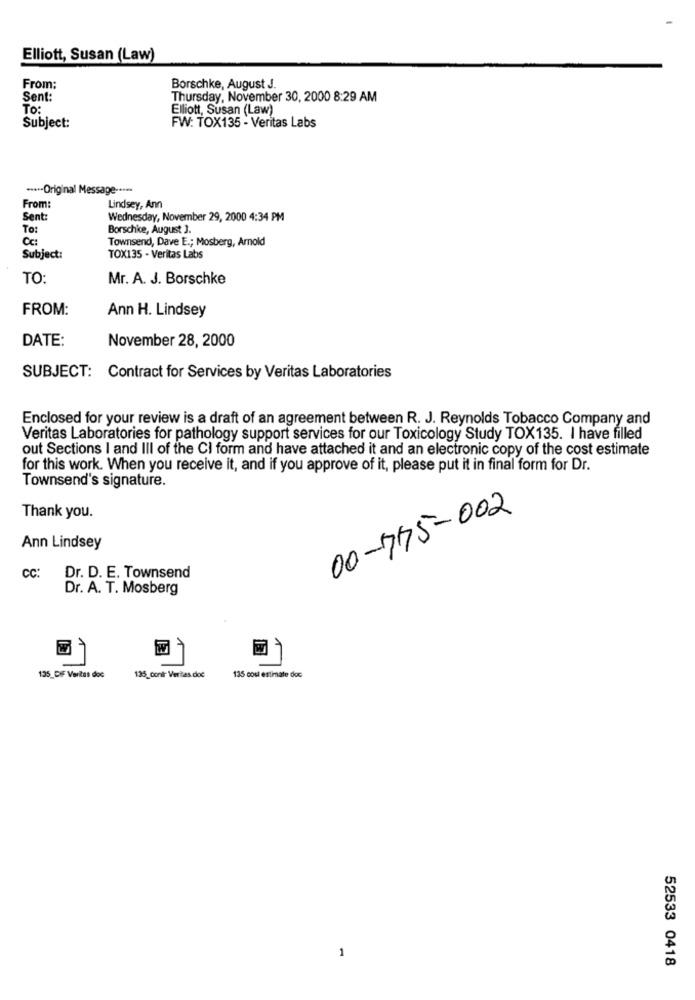
Elliott, Susan (Law)
From:
Borschke, August J.
Sent:
Thursday, November 30, 2000 8:29 AM
To:
Elliott, Susan (Law)
Subject:
FW: TOX135 - Veritas Labs
····- Original Message -····
From:
Lindsey, Ann
Sent:
Wednesday, November 29, 2000 4:34 PM
To:
Borschice, August 3.
CC:
Townsend, Dave E .; Mosberg, Arnold
Subject:
TOX135 - Veritas Labs
TO:
Mr. A. J. Borschke
FROM:
Ann H. Lindsey
DATE:
November 28, 2000
SUBJECT: Contract for Services by Veritas Laboratories
Enclosed for your review is a draft of an agreement between R. J. Reynolds Tobacco Company and
Veritas Laboratories for pathology support services for our Toxicology Study TOX135. I have filled
out Sections I and III of the CI form and have attached it and an electronic copy of the cost estimate
for this work. When you receive it, and if you approve of it, please put it in final form for Dr.
Townsend's signature.
00-775-002
Thank you.
Ann Lindsey
CC:
Dr. D. E. Townsend
Dr. A. T. Mosberg
135_DIF Varias doc
135_conl' Veritas doc
135 coul estimate doc
52533 0418